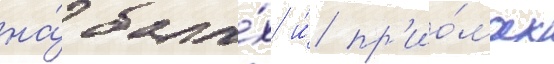
на́ бала́х и́ пр'ио́мах